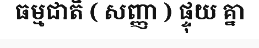
ធម្មជាតិ ( សញ្ញា ) ផ្ទុយ គ្នា